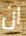
ان